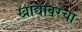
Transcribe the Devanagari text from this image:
खांद्यावरचा